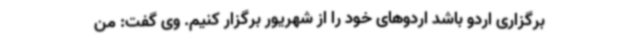
برگزاری اردو باشد اردوهای خود را از شهریور برگزار کنیم. وی گفت: من